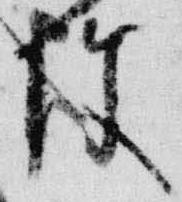
使